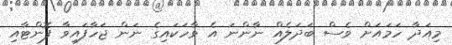
މިއަދާ ހަމައަށް ވެސް ބަދަލެއް ނާންނަ އެ ވާހަކައިގެ ނަން ޖަހާފައިވާ ފޮންޓާއި